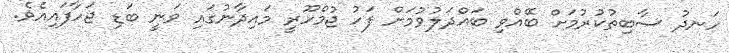
ހަނދު ސާބިތުކުރުމަށް ބޭއްވި ބައްދަލުވުމަށް ފަހު ޖުމްހޫރީ މައިދާނުގައި ވަނީ ބަޑި ޖަހާފައިއެވެ.